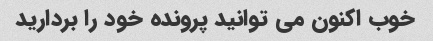
خوب اکنون می توانید پرونده خود را بردارید